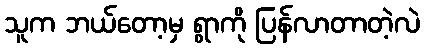
သူက ဘယ်တော့မှ ရွာကို ပြန်လာတာတဲ့လဲ